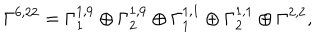
LaTeX: \Gamma ^ { 6 , 2 2 } = \Gamma _ { 1 } ^ { 1 , 9 } \oplus \Gamma _ { 2 } ^ { 1 , 9 } \oplus \Gamma _ { 1 } ^ { 1 , 1 } \oplus \Gamma _ { 2 } ^ { 1 , 1 } \oplus \Gamma ^ { 2 , 2 } ,